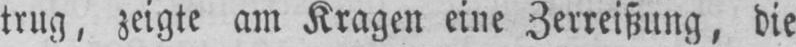
trug, zeigte am Kragen eine Zerreißung, die